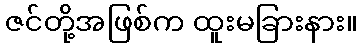
ဇင်တို့အဖြစ်က ထူးမခြားနား။